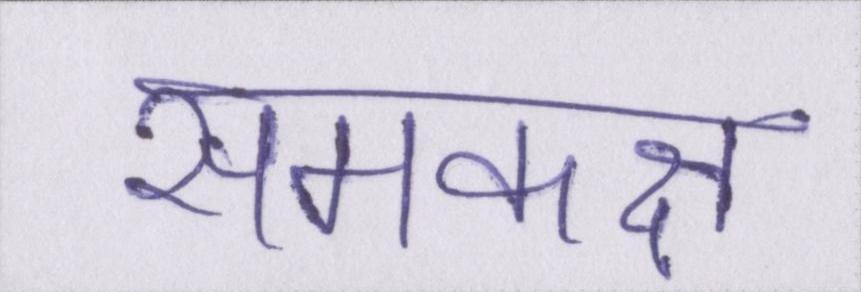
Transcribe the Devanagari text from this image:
समकक्ष